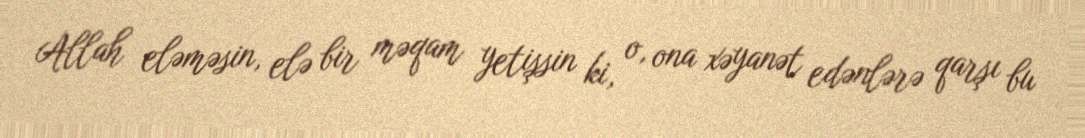
Allah eləməsin, elə bir məqam yetişsin ki, o, ona xəyanət edənlərə qarşı bu